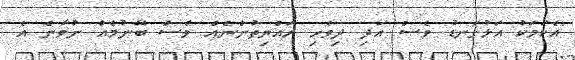
"އެކަމަކު އަޅުގަނޑު ވެސް އަދި ދިވެހި ރައްޔިތުންނެއް ވެސް ބޭނުމެއް ނުވާނެ އެ